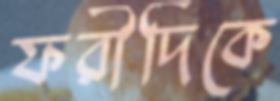
ফরীদিকে